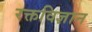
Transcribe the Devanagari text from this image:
रक्तविज्ञान